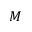
\boldsymbol { M }